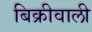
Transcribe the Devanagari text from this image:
बिक्रीवाली